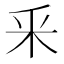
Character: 釆